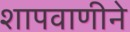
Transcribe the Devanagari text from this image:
शापवाणीने